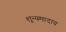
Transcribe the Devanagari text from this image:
शून्यमादाय